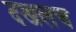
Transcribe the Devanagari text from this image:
दखलच